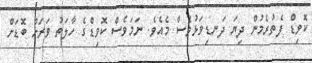
ކޮވިޑް ފެތުރެމުން ދިޔަ ދަނޑިވަޅުވެސް މެއެވެ. ނަމަވެސް ކޮވިޑްގެ ހާލަތު ވަރަށް ބޮޑަށް